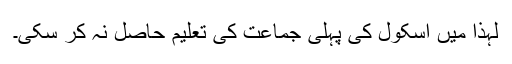
لہذا میں اسکول کی پہلی جماعت کی تعلیم حاصل نہ کر سکی۔